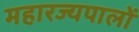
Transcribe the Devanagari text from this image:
महारज्यपालों